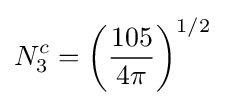
N_{3}^{c}=\left({\frac {105}{4\pi }}\right)^{1/2}